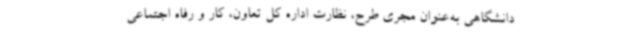
دانشگاهی به‌عنوان مجری طرح، نظارت اداره کل تعاون، کار و رفاه اجتماعی